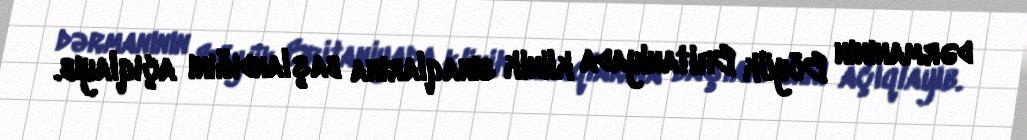
dərmanının Böyük Britaniyada klinik sınaqlarına başlandığını açıqlayıb.